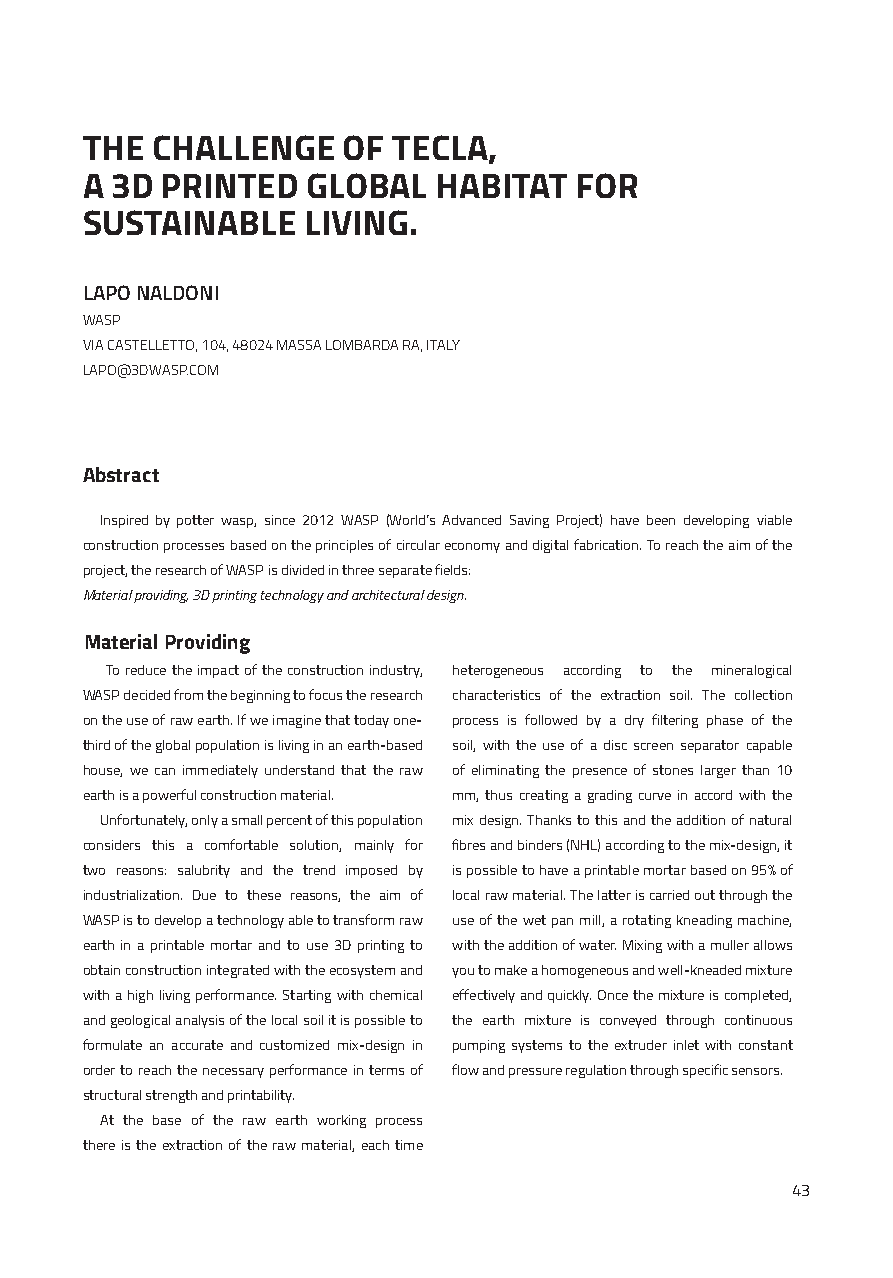
THE  CHALLENGE    OF TECLA,
 A 3D  PRINTED  GLOBAL   HABITAT  FOR
 SUSTAINABLE    LIVING.
 LAPO NALDONI
 WASP
 VIA CASTELLETTO, 104, 48024 MASSA LOMBARDA RA, ITALY
 LAPO@3DWASP.COM
 Abstract
 Inspired by potter wasp, since 2012 WASP (World’s Advanced Saving Project) have been developing viable
 construction processes based on the principles of circular economy and digital fabrication. To reach the aim of the
 project, the research of WASP is divided in three separate fields:
 Material providing, 3D printing technology and architectural design.
 Material Providing
 To reduce the impact of the construction industry, heterogeneous according to the mineralogical
 WASP decided from the beginning to focus the research characteristics of the extraction soil. The collection
 on the use of raw earth. If we imagine that today one- process is followed by a dry filtering phase of the
 third of the global population is living in an earth-based soil, with the use of a disc screen separator capable
 house, we can immediately understand that the raw of eliminating the presence of stones larger than 10
 earth is a powerful construction material. mm, thus creating a grading curve in accord with the
 Unfortunately, only a small percent of this population mix design. Thanks to this and the addition of natural
 considers this a comfortable solution, mainly for fibres and binders (NHL) according to the mix-design, it
 two reasons: salubrity and the trend imposed by is possible to have a printable mortar based on 95% of
 industrialization. Due to these reasons, the aim of local raw material. The latter is carried out through the
 WASP is to develop a technology able to transform raw use of the wet pan mill, a rotating kneading machine,
 earth in a printable mortar and to use 3D printing to with the addition of water. Mixing with a muller allows
 obtain construction integrated with the ecosystem and you to make a homogeneous and well-kneaded mixture
 with a high living performance. Starting with chemical effectively and quickly. Once the mixture is completed,
 and geological analysis of the local soil it is possible to the earth mixture is conveyed through continuous
 formulate an accurate and customized mix-design in pumping systems to the extruder inlet with constant
 order to reach the necessary performance in terms of flow and pressure regulation through specific sensors.
 structural strength and printability.
 At the base of the raw earth working process
 there is the extraction of the raw material, each time
 43